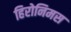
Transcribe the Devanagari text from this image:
हिरोनिमस